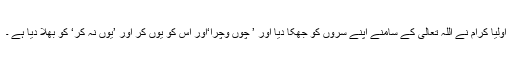
اولیا کرام نے اللہ تعالیٰ کے سامنے اپنے سروں کو جھکا دیا اور ’ چوں وچرا‘اور اس کو یوں کر اور ’یوں نہ کر‘ کو بھلا دیا ہے ۔